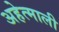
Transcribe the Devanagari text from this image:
अहेत्माली